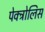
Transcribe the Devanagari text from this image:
पेक्ट्रोलिस